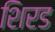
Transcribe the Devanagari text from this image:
शिरड